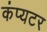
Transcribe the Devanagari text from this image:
कंप्यटर